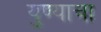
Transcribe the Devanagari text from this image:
युण्याचा